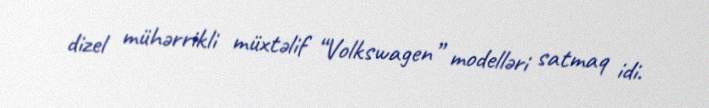
dizel mühərrikli müxtəlif “Volkswagen” modelləri satmaq idi.